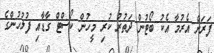
ފަރަށް އެރުމާ އެކު ބޯޓުން ދަތުރު ކުރި މީހުން ކޯސްޓް ގާޑާއި ފުލުހުންގެ